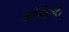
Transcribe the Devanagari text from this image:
कोमेइचा